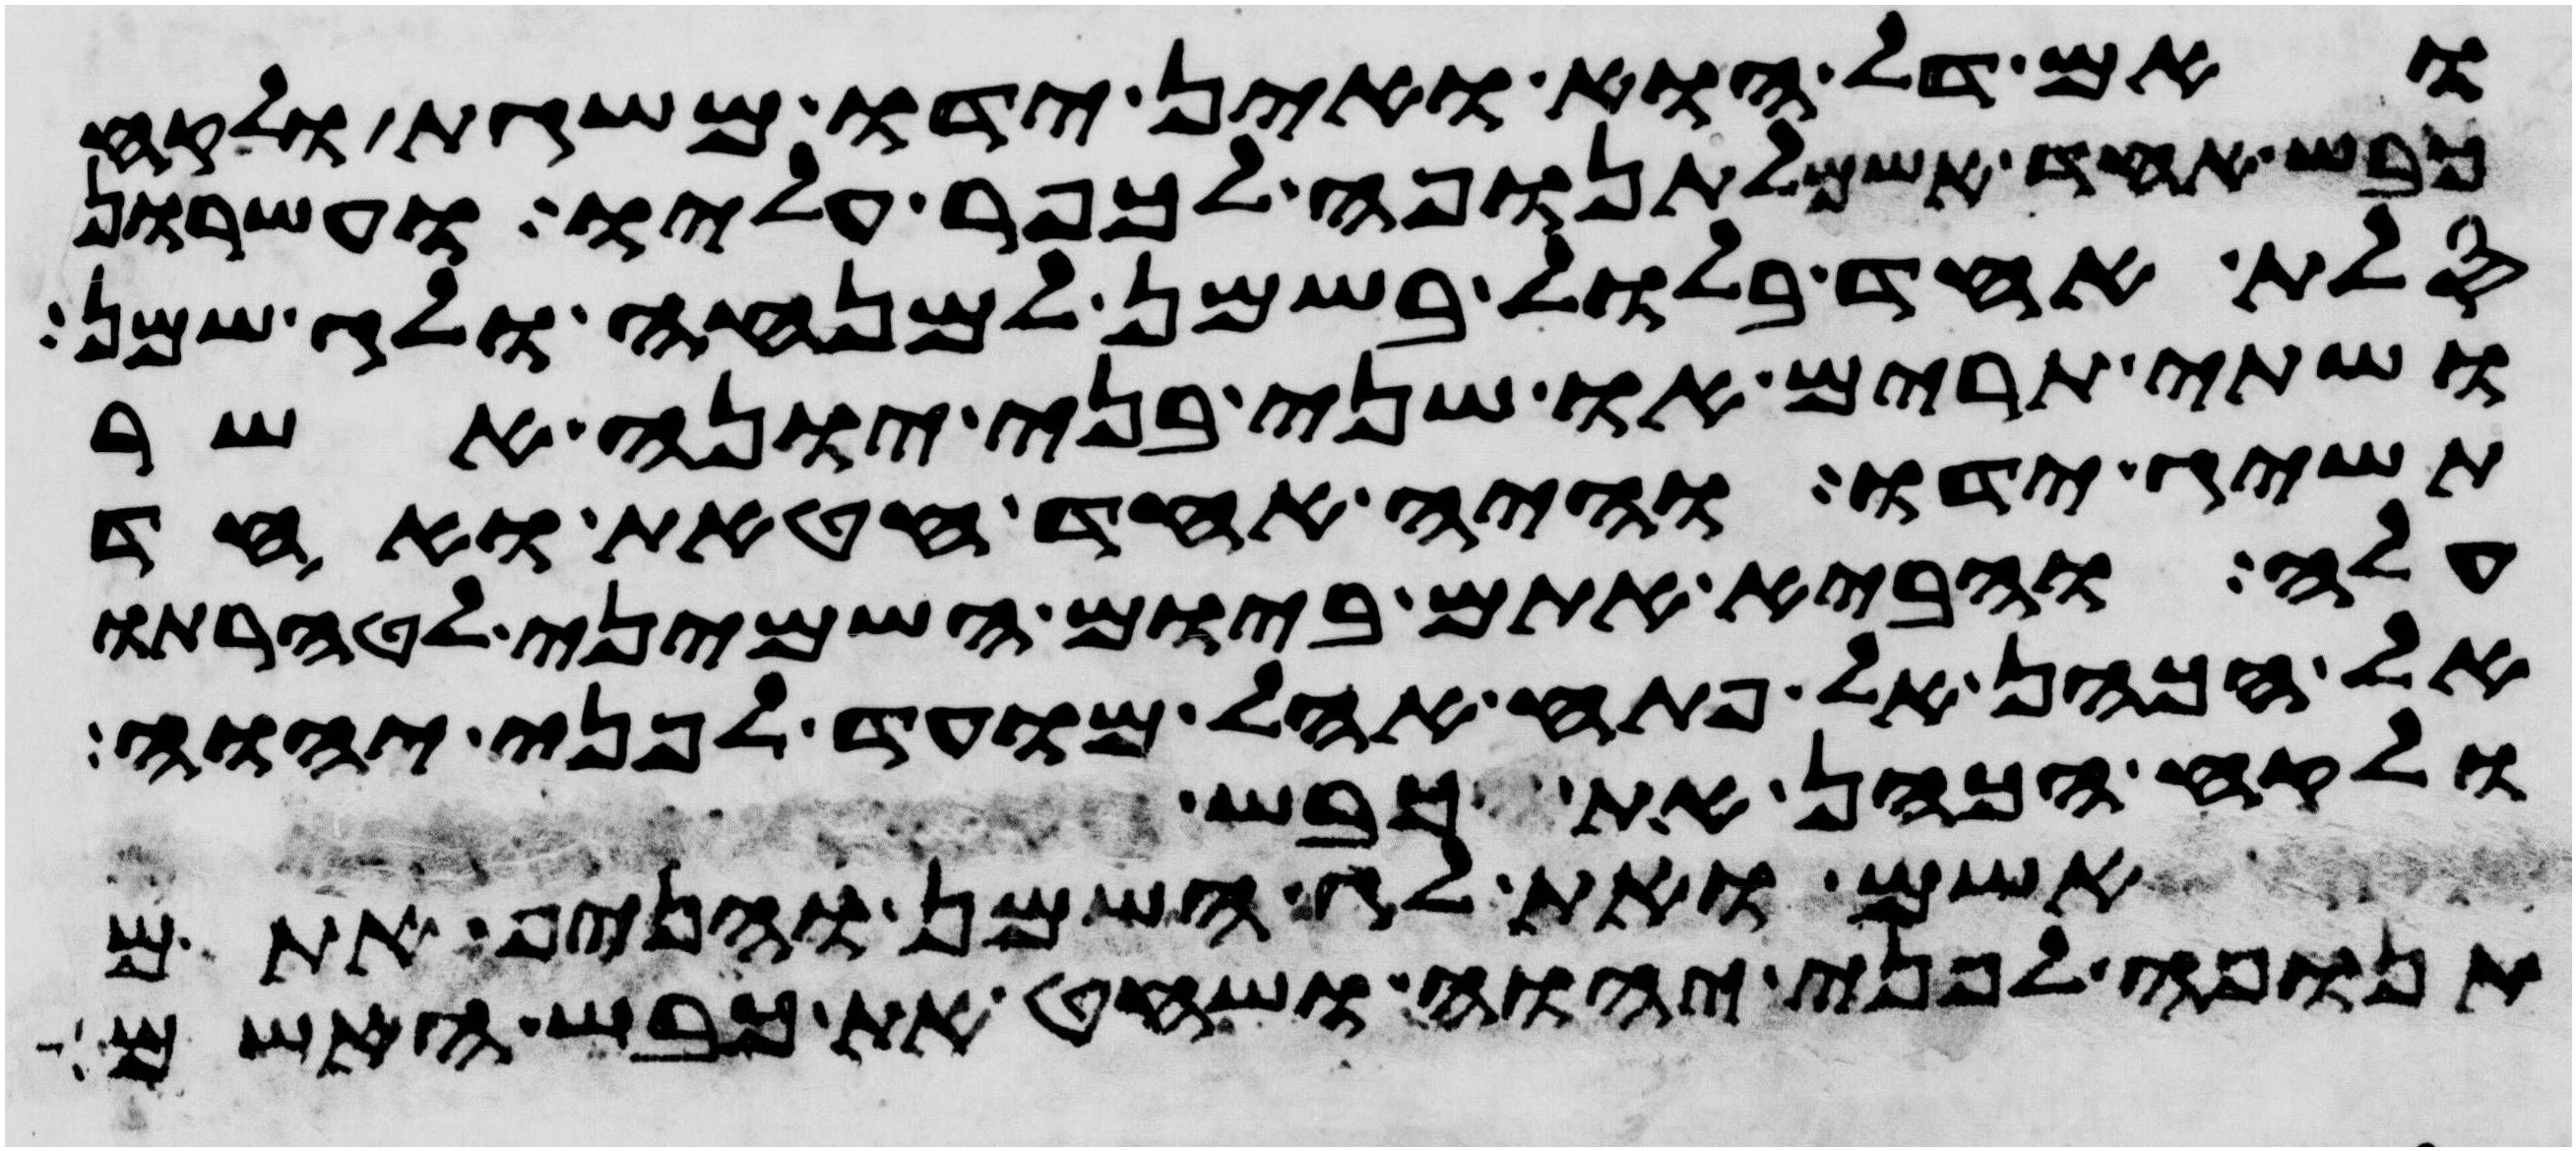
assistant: ואם דל הוא ואין ידו משגת ולקח
כבש אחד אשם לתנופה לכפר עליו ועשרון
סלת אחד בלול בשמן למנחה ולג שמן
ושתי תרים או שני בני יונה אשר
תשיג ידו והיה אחד חטאת ואחד
עלה והביא אתם ביום השמיני לטהרתו
אל הכהן אל פתח אהל מועד לפני יהוה
ולקח הכהן את כבש
לאשם ואת לג השמן והניף אתם
תנופה לפני יהוה ושחט את כבש האשם